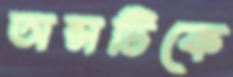
অন্সটিকে